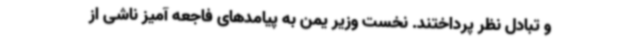
و تبادل نظر پرداختند. نخست وزیر یمن به پیامدهای فاجعه آمیز ناشی از